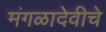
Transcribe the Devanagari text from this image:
मंगळादेवीचे